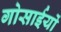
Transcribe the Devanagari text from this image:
गोसाईयों